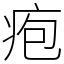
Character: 疱